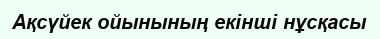
Ақсүйек ойынының екінші нұсқасы